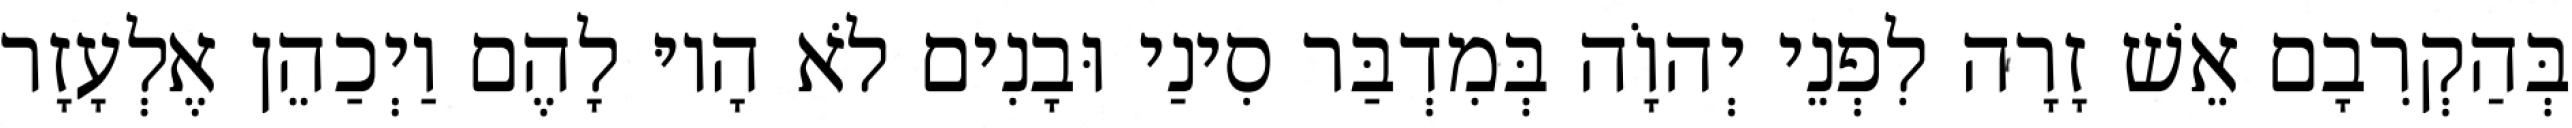
בְּהַקְרִבָם אֵשׁ זָרָה לִפְנֵי יְהוָֹה בְּמִדְבַּר סִינַי וּבָנִים לֹא הָיוּ לָהֶם וַיְכַהֵן אֶלְעָזָר